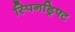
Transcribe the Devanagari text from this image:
स्पिनड्रिफ्ट